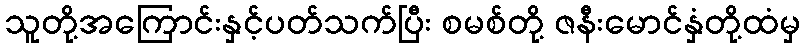
သူတို့အကြောင်းနှင့်ပတ်သက်ပြီး စမစ်တို့ ဇနီးမောင်နှံတို့ထံမှ